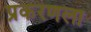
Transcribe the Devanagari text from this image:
प्रकरणला